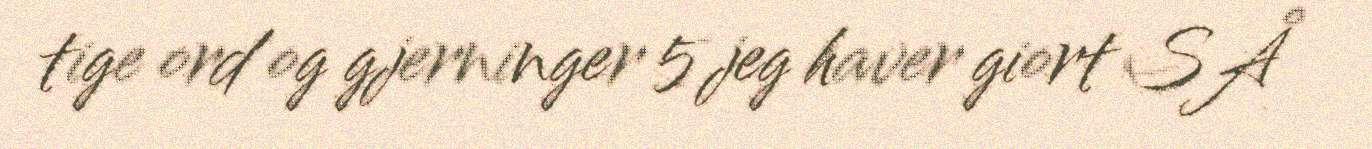
tige ord og gjerninger 5 jeg haver giort SÅ